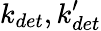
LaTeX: k_{det},k_{det}^{\prime}